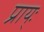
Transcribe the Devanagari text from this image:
प्राय्ः